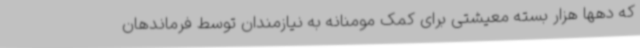
که دهها هزار بسته معیشتی برای کمک مومنانه به نیازمندان توسط فرماندهان